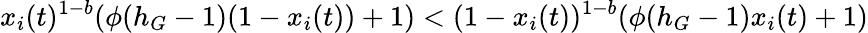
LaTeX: x_{i}(t)^{1-b}(\phi(h_{G}-1)(1-x_{i}(t))+1)<(1-x_{i}(t))^{1-b}(\phi(h_{G}-1)x_{i}(t)+1)